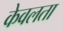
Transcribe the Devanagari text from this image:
केवलता